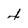
Character: 4